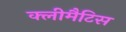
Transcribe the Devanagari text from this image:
क्लीमैटिस